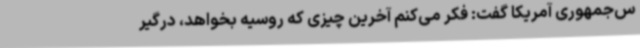
س‌جمهوری آمریکا گفت: فکر می‌کنم آخرین چیزی که روسیه بخواهد، درگیر